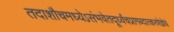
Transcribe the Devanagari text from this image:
तदाशौचमध्येऽसंभवेतदूर्ध्वंचप्रागब्दात्करणेज्ञेयं